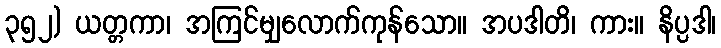
၃၅၂) ယတ္တကာ၊ အကြင်မျှလောက်ကုန်သော။ အပဒါတိ၊ ကား။ နိပ္ပဒါ၊